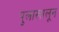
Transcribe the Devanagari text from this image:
पुलाखालून